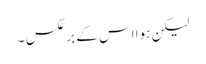
لیکن ہوا اس کے برعکس ۔